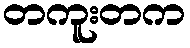
တကူးတက